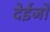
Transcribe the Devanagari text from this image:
देईजो